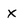
Character: X